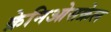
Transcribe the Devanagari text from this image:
क्रेनिओसक्रेल